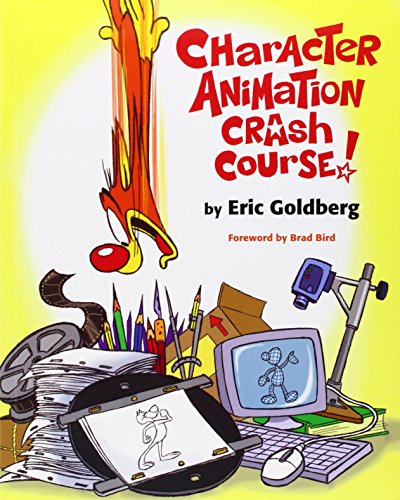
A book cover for Character Animation Crash Course!; Eric Goldberg; Humor & Entertainment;